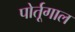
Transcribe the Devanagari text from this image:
पोर्तूगाल